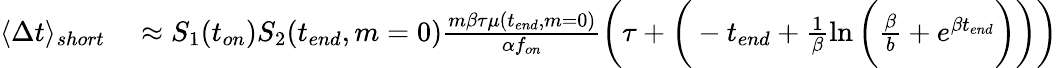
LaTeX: \begin{array}{rl}{\langle\Delta t\rangle_{short}}&{{}\approx S_{1}(t_{on})S_{2}(t_{end},m=0)\frac{m\beta\tau\mu(t_{end},m=0)}{\alpha f_{on}}\bigg(\tau+\bigg(-t_{end}+\frac{1}{\beta}\ln{\bigg(\frac{\beta}{b}+e^{\beta t_{end}}\bigg)}\bigg)\bigg)}\end{array}